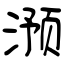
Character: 滪